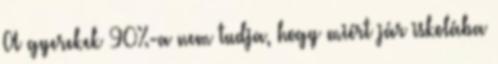
A gyerekek 90%-a nem tudja, hogy miért jár iskolába